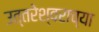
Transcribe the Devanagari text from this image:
उत्तरेश्वराच्या